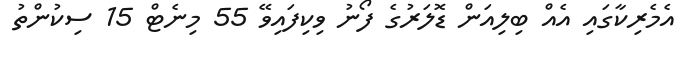
އެމެރިކާގައި އެއް ބިލިއަން ޑޮލަރުގެ ފޯނު ވިކިފައިވޭ 55 މިނެޓް 15 ސިކުންތު